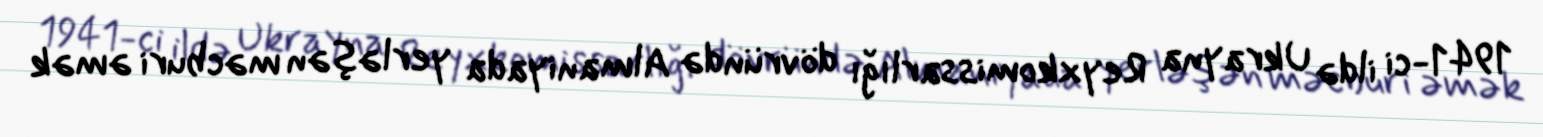
1941-ci ildə Ukrayna Reyxkomissarlığı dövründə Almaniyada yerləşən məcburi əmək